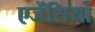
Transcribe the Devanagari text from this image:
एजेंसियो